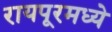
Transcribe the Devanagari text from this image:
रायपूरमध्ये